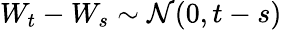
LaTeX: W_{t}-W_{s}\sim{\mathcal{N}}(0,t-s)